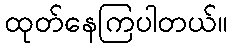
ထုတ်နေကြပါတယ်။